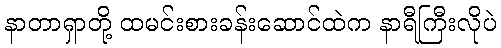
နာတာရှာတို့ ထမင်းစားခန်းဆောင်ထဲက နာရီကြီးလိုပဲ